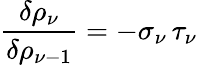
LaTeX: \frac{\delta\rho_{\nu}}{\delta\rho_{\nu-1}}=-\sigma_{\nu}\, \tau_{\nu}